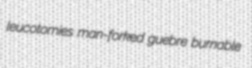
leucotomies man-forked guebre burnable